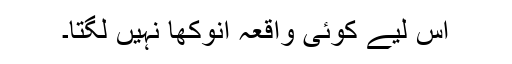
اس لیے کوئی واقعہ انوکھا نہیں لگتا۔